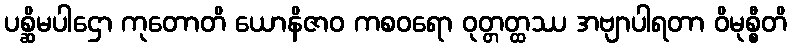
ပစ္ဆိမပါဌော ကုတောတိ ယောနိဇာဝ ကစဝရော ဝုတ္တတ္ထဿ အဗျာပါရတာ ဝိမုစ္စီတိ